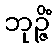
ဘုဉ္ဇိံ